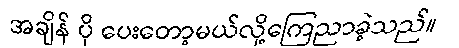
အချိန် ပို ပေးတော့မယ်လို့ကြေညာခဲ့သည်။